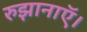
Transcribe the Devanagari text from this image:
रुझानाऍ।